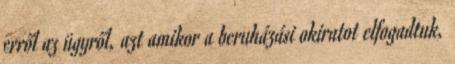
erről az ügyről, azt amikor a beruházási okiratot elfogadtuk,